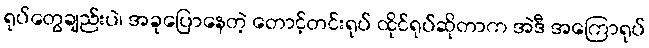
ရုပ်တွေချည်းပဲ၊ အခုပြောနေတဲ့ တောင့်တင်းရုပ် ထိုင်ရုပ်ဆိုတာက အဲဒီ အကြောရုပ်